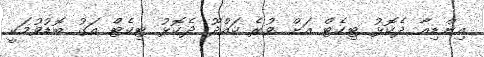
އިންޑިއާ ދެކޮޅު ޓިކެޓް އަށް ވުރެ ކައްދޫ ދެކޮޅު ޓިކެޓް އަގު ބޮޑުވުމަކީ